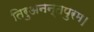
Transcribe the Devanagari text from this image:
तिरुअनन्तपुरम।